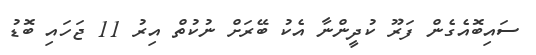
ސައިބޮއެގެން ފަރޫ ކުދީންނާ އެކު ބޭރަށް ނުކުތް އިރު 11 ޖަހައި ބޮޑު